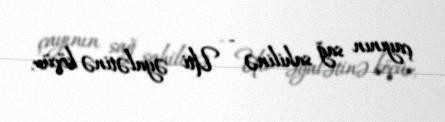
çayının sağ sahilinə - Uti əyalətinə köçür.